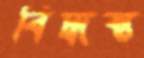
বিদ্ধস্ত